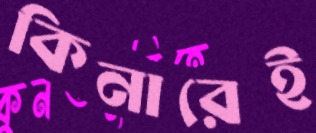
কিনারেই